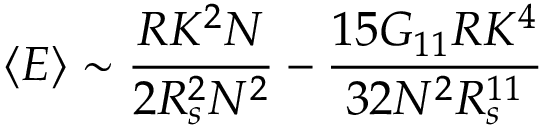
\left< E \right> \sim \frac { R K ^ { 2 } N } { 2 R _ { s } ^ { 2 } N ^ { 2 } } - \frac { 1 5 G _ { 1 1 } R K ^ { 4 } } { 3 2 N ^ { 2 } R _ { s } ^ { 1 1 } }